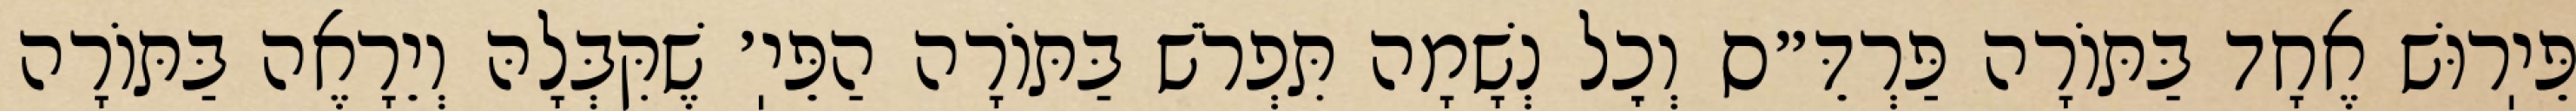
פֵּיֽרוּשׁ אֶחָד בַּתּוֹרָה פַּרְדֵּ״ס וְכׇל נְשָׁמָה תִּפְרֹשׁ בַּתּוֹרָה הַפֵּיֽ׳ שֶׁקִּבְּלָהּ וְיֵרָאֶה בַּתּוֹרָה